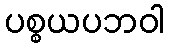
ပစ္စယပဘဝါ